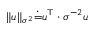
\| u \| _ { \sigma ^ { 2 } } \dot { = } u ^ { \top } \cdot \sigma ^ { - 2 } u